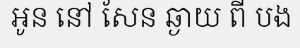
អូន នៅ សែន ឆ្ងាយ ពី បង